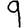
Digit: 9